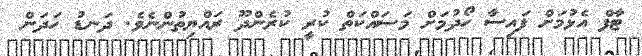
ޓާފް އެޅުމަށް ފައިސާ ހޯދުމަށް މަސައްކަތް ކުރީ ކުރެންދޫ ރައްޔިތުންނެވެ. ދަނޑު ހަދަން